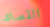
القصائد